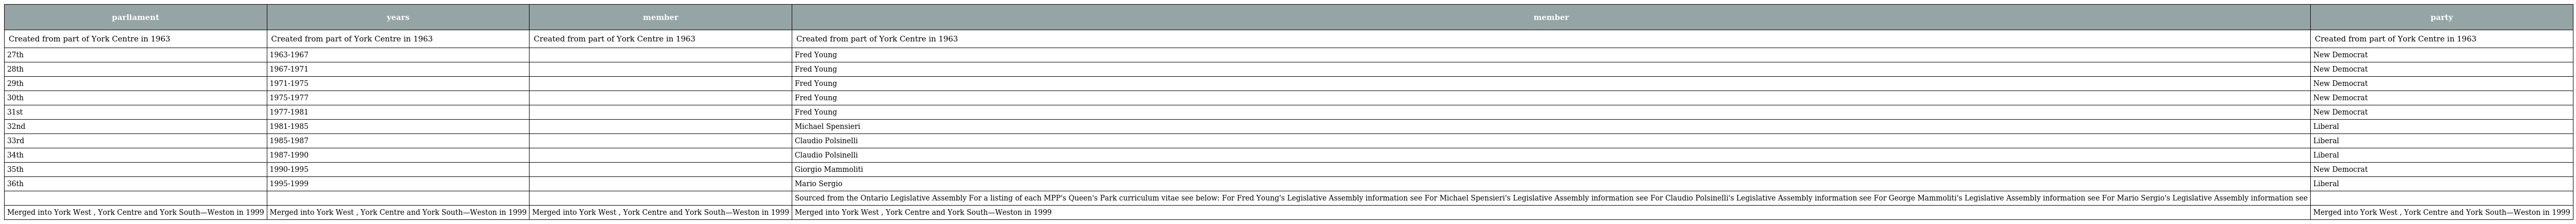
| parliament | years | member | member | party |
 | --- | --- | --- | --- | --- |
 | Created from part of York Centre in 1963 | Created from part of York Centre in 1963 | Created from part of York Centre in 1963 | Created from part of York Centre in 1963 | Created from part of York Centre in 1963 |
 | 27th | 1963-1967 |  | Fred Young | New Democrat |
 | 28th | 1967-1971 |  | Fred Young | New Democrat |
 | 29th | 1971-1975 |  | Fred Young | New Democrat |
 | 30th | 1975-1977 |  | Fred Young | New Democrat |
 | 31st | 1977-1981 |  | Fred Young | New Democrat |
 | 32nd | 1981-1985 |  | Michael Spensieri | Liberal |
 | 33rd | 1985-1987 |  | Claudio Polsinelli | Liberal |
 | 34th | 1987-1990 |  | Claudio Polsinelli | Liberal |
 | 35th | 1990-1995 |  | Giorgio Mammoliti | New Democrat |
 | 36th | 1995-1999 |  | Mario Sergio | Liberal |
 |  |  |  | Sourced from the Ontario Legislative Assembly For a listing of each MPP's Queen's Park curriculum vitae see below: For Fred Young's Legislative Assembly information see For Michael Spensieri's Legislative Assembly information see For Claudio Polsinelli's Legislative Assembly information see For George Mammoliti's Legislative Assembly information see For Mario Sergio's Legislative Assembly information see |  |
 | Merged into York West , York Centre and York South—Weston in 1999 | Merged into York West , York Centre and York South—Weston in 1999 | Merged into York West , York Centre and York South—Weston in 1999 | Merged into York West , York Centre and York South—Weston in 1999 | Merged into York West , York Centre and York South—Weston in 1999 |